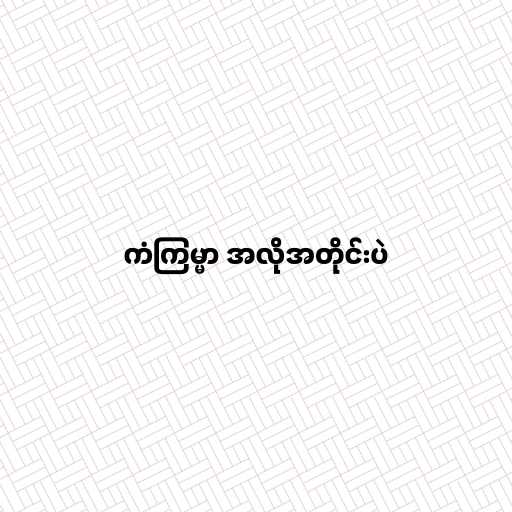
ကံကြမ္မာ အလိုအတိုင်းပဲ